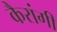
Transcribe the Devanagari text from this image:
कैरांगी